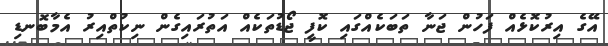
އޭގެ އިރުކޮޅެއް ފަހުން ޖަނާ ތަބަކެއްގައި ކޮފީ ޖޯޑުތަކެއް އަތުރައިގެން ނިކުތްއިރު އެމާބޮނޑި